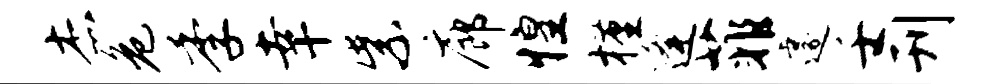
杰危季幸紫廊惶槿逄菲遽壬刊